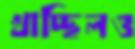
খাচ্ছিলও